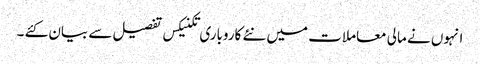
انہوں نے مالی معاملات میں نئے کاروباری تکنیکس تفصیل سے بیان کئے ۔